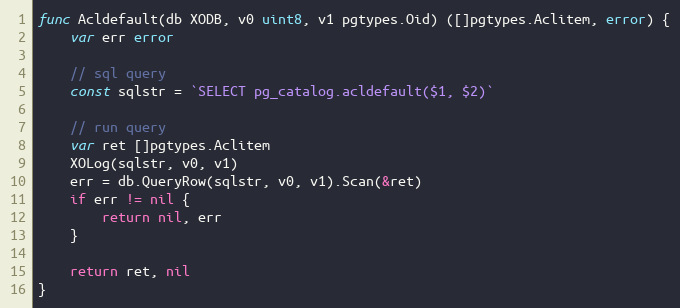
Language: Go
func Acldefault(db XODB, v0 uint8, v1 pgtypes.Oid) ([]pgtypes.Aclitem, error) {
	var err error

	// sql query
	const sqlstr = `SELECT pg_catalog.acldefault($1, $2)`

	// run query
	var ret []pgtypes.Aclitem
	XOLog(sqlstr, v0, v1)
	err = db.QueryRow(sqlstr, v0, v1).Scan(&ret)
	if err != nil {
		return nil, err
	}

	return ret, nil
}